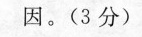
因。(3分)